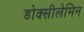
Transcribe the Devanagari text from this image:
डोक्सीलेमिन